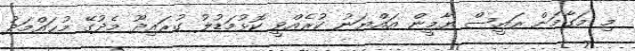
މި މަގާމަށް ރައީސް ޔާމީން އައްޔަނު ކުރެއްވީ ކޮޅުމަޑުލު ގުރައިދޫ މެދުގޭ މުޙައްމަދު